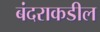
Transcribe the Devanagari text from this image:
बंदराकडील